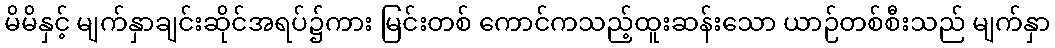
မိမိနှင့် မျက်နှာချင်းဆိုင်အရပ်၌ကား မြင်းတစ် ကောင်ကသည့်ထူးဆန်းသော ယာဉ်တစ်စီးသည် မျက်နှာ